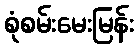
စုံစမ်းမေးမြန်း